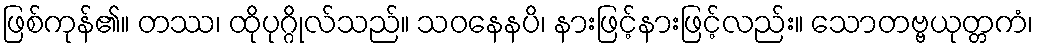
ဖြစ်ကုန်၏။ တဿ၊ ထိုပုဂ္ဂိုလ်သည်။ သဝနေနပိ၊ နားဖြင့်နားဖြင့်လည်း။ သောတဗ္ဗယုတ္တကံ၊